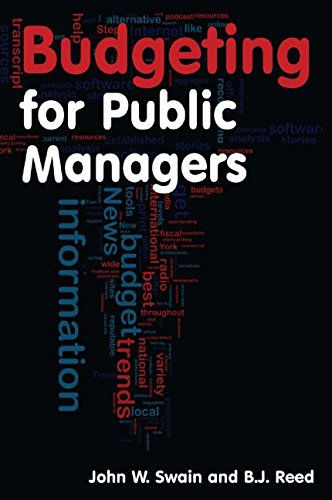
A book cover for Budgeting for Public Managers; John W. Swain; Medical Books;